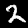
Label: 2